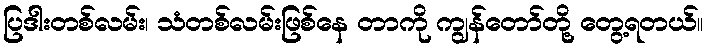
ပြဒါးတစ်လမ်း၊ သံတစ်လမ်းဖြစ်နေ တာကို ကျွန်တော်တို့ တွေ့ရတယ်။